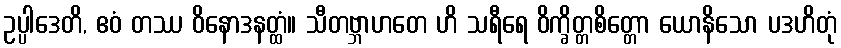
ဥပ္ပါဒေတိ, ဧဝံ တဿ ဝိနောဒနတ္ထံ။ သီတဗ္ဘာဟတေ ဟိ သရီရေ ဝိက္ခိတ္တစိတ္တော ယောနိသော ပဒဟိတုံ